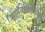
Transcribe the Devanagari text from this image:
सामंतशाहीपेक्षा